Mental hospitals Bombay report 1921-28 - 1921-1928
Year: 1921
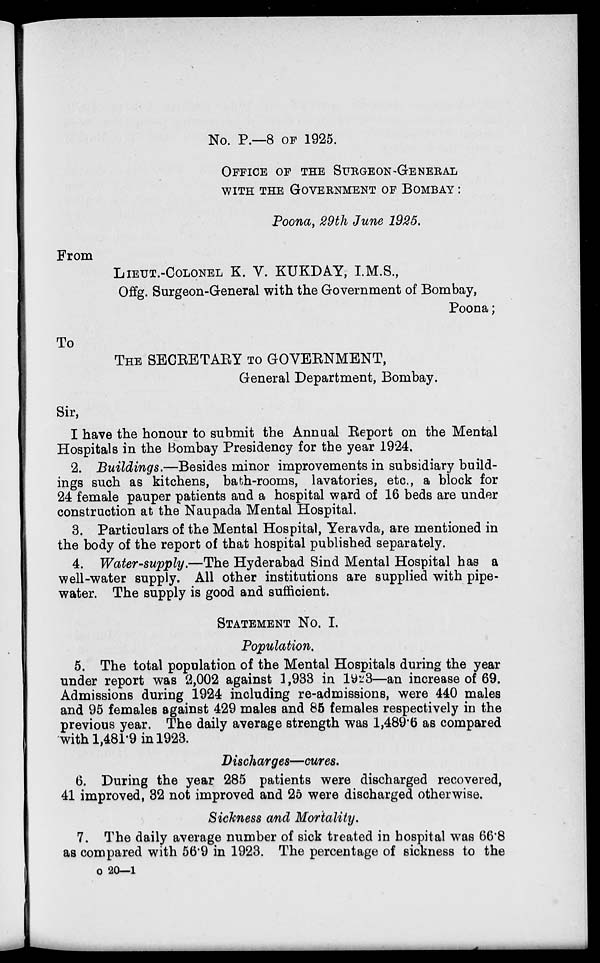
No. P.—8 OF 1925.
OFFICE OF THE SURGEON-GENERAL
WITH THE GOVERNMENT OF BOMBAY :
Poona, 29th June 1925.
From
LIEUT.-COLONEL K. V. KUKDAY, I.M.S.,
Offg. Surgeon-General with the Government of Bombay,
Poona;
To
THE SECRETARY TO GOVERNMENT,
General Department, Bombay.
Sir,
I have the honour to submit the Annual Report on the Mental
Hospitals in the Bombay Presidency for the year 1924.
2. Buildings.—Besides minor improvements in subsidiary build-
ings such as kitchens, bath-rooms, lavatories, etc., a block for
24 female pauper patients and a hospital ward of 16 beds are under
construction at the Naupada Mental Hospital.
3. Particulars of the Mental Hospital, Yeravda, are mentioned in
the body of the report of that hospital published separately.
4. Water-supply.—The Hyderabad Sind Mental Hospital has a
well-water supply. All other institutions are supplied with pipe-
water. The supply is good and sufficient.
STATEMENT No. I.
Population.
5. The total population of the Mental Hospitals during the year
under report was 2,002 against 1,933 in 1923—an increase of 69.
Admissions during 1924 including re-admissions, were 440 males
and 95 females against 429 males and 85 females respectively in the
previous year. The daily average strength was 1,489.6 as compared
with 1,481.9 in 1923.
Discharges—cures.
6. During the year 285 patients were discharged recovered,
41 improved, 32 not improved and 25 were discharged otherwise.
Sickness and Mortality.
7. The daily average number of sick treated in hospital was 66.8
as compared with 56.9 in 1923. The percentage of sickness to the
o 20—1